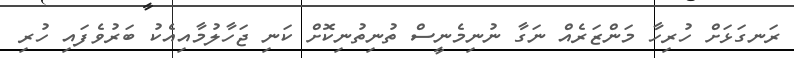
ރަނގަޅަށް ހުރިހާ މަންޒަރެއް ނަގާ ނުނިމެނީސް ތުނިތުނިކޮށް ކަނި ޖަހާލުމާއިއެކު ބަރުވެފައި ހުރި